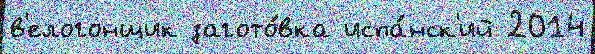
в'елогонщик загото́вка испа́нск'ий 2014